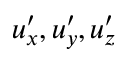
u _ { x } ^ { \prime } , u _ { y } ^ { \prime } , u _ { z } ^ { \prime }